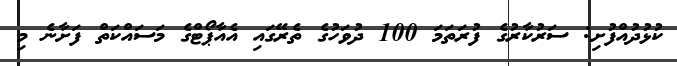
ކުޅުދުއްފުށި: ސަރުކާރުގެ ފުރަތަމަ 100 ދުވަހުގެ ތެރޭގައި އެއާޕޯޓްގެ މަސައްކަތް ފަށާނެ މި